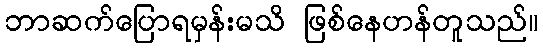
ဘာဆက်ပြောရမှန်းမသိ ဖြစ်နေဟန်တူသည်။